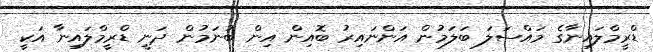
ޑްރީމްލައިނާގެ މައްސަލަ ބަލަމުން އަންނައިރު ބޮއިން އިން ބުނަމުން ދަނީ ޑްރީމްލައިނާ އަކީ